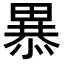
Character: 𭻥